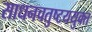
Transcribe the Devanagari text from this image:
साधनचतुष्टययुक्त